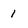
Character: 1